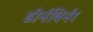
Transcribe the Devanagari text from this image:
डोर्नबिर्नर